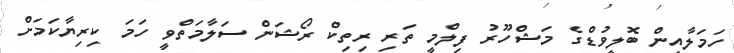
ހަމަލާއިން ބޮލީވުޑްގެ މަޝްހޫރު ފިލްމީ ތަރި ރިތިކް ރޯޝަން ސަލާމަތްވީ ހަމަ ކިރިޔާކަމަށް